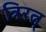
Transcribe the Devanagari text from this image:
त्रिरत्न्